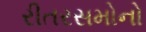
રીતરસમોનો